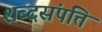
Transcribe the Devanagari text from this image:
शब्दसंपत्ति